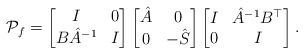
LaTeX: \begin{align*} \mathcal{P}_f = \begin{bmatrix} I & 0 \\ B \hat{A}^{-1} & I \end{bmatrix} \begin{bmatrix} \hat{A} & 0 \\ 0 & -\hat{S} \end{bmatrix} \begin{bmatrix} I & \hat{A}^{-1} B^\top \\ 0 & I \end{bmatrix}.\end{align*}